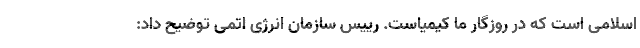
اسلامی است که در روزگار ما کیمیاست. رییس سازمان انرژی اتمی توضیح داد: